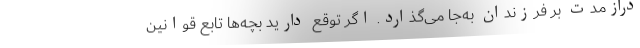
درازمدت بر فرزندان به‌جا می‌گذارد. اگر توقع دارید بچه‌ها تابع قوانین